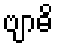
ဗျာဓိ